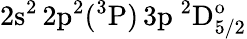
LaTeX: \mathrm{2s^{2}\, 2p^{2}(^{3}P)\, 3p~^{2}D_{5/2}^{o}}